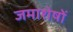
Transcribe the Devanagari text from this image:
जमाशेषों